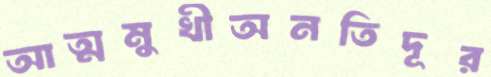
আত্মমুখীঅনতিদূর